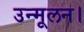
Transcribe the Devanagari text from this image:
उन्मूलन।